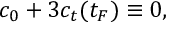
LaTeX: c _ { 0 } + 3 c _ { t } ( t _ { F } ) \equiv 0 ,